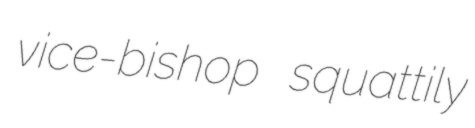
vice-bishop squattily